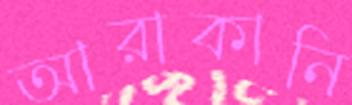
আরাকানি